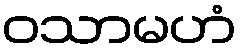
ဝသာမဟံ